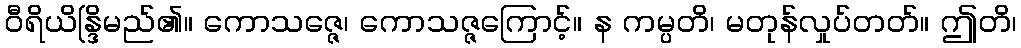
ဝီရိယိန္ဒြိမည်၏။ ကောသဇ္ဇေ၊ ကောသဇ္ဇကြောင့်။ န ကမ္ပတိ၊ မတုန်လှုပ်တတ်။ ဤတိ၊